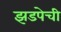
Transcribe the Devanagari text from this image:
झडपेची